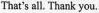
That's all.Thank you.